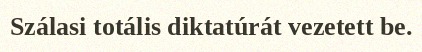
Szálasi totális diktatúrát vezetett be.